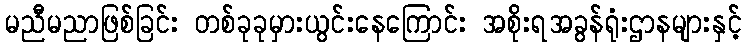
မညီမညာဖြစ်ခြင်း တစ်ခုခုမှားယွင်းနေကြောင်း အစိုးရအခွန်ရုံးဌာနများနှင့်